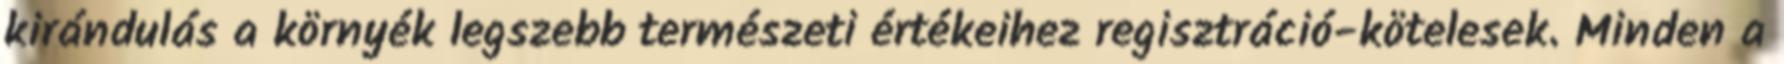
kirándulás a környék legszebb természeti értékeihez regisztráció-kötelesek. Minden a